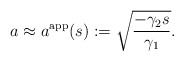
\begin{align*} a\approx a^\mathrm{app}(s) := \sqrt{\frac{-\gamma_2 s}{\gamma_1}}.\end{align*}